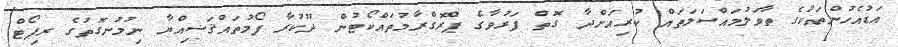
އަޑުއެހުންތަކުގެ ތާވަލުމައްސަލަތައް ކުރިއަށްދާ ގޮތް ފަރުވާގެ ޕްރޮގްރާމުތައްކޯޓުން ދޫކުރާ ފޯމުތައްޤަޟިއްޔާ ނިމުނުގޮތުގެ ރިޕޯޓް